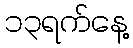
၁၃ရက်နေ့